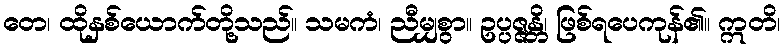
တေ၊ ထိုနှစ်ယောက်တို့သည်။ သမကံ၊ ညီမျှစွာ။ ဥပ္ပဇ္ဇန္တိ၊ ဖြစ်ရပေကုန်၏။ ဣတိ၊